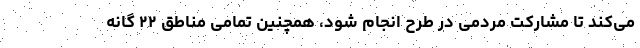
می‌کند تا مشارکت مردمی در طرح انجام شود، همچنین تمامی مناطق ۲۲ گانه